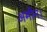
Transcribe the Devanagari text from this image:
अमीन।